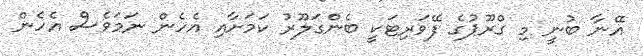
އޭނާ ބުނީ މި ގްރޫޕުގެ ފޭވަރިޓަކީ ބެންގަލޫރު ކަމަށާއި އެހެން ނަމަވެސް އެހެން